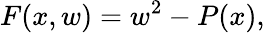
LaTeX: F(x,w)=w^{2}-P(x),